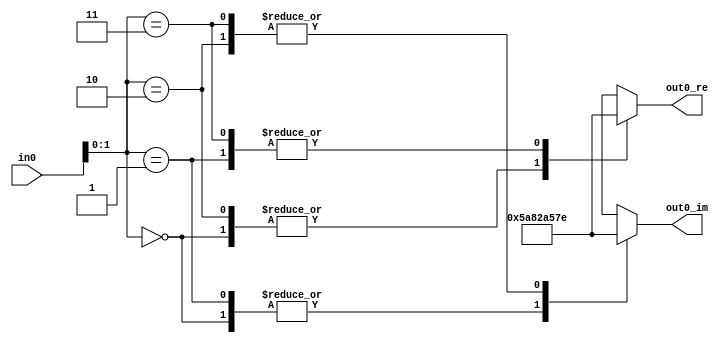
// -------------------------------------------------------------
// 
// 
// Generated by MATLAB 8.3 and HDL Coder 3.4
// 
// -------------------------------------------------------------


// -------------------------------------------------------------
// 
// Module: QPSK_Modulator_Baseband
// Source Path: qpsk/Subsystem/QPSK Modulator Baseband
// Hierarchy Level: 1
// 
// -------------------------------------------------------------

`timescale 1 ns / 1 ns

module QPSK_Modulator_Baseband
          (
           in0,
           out0_re,
           out0_im
          );


  input   [7:0] in0;  // uint8
  output  signed [15:0] out0_re;  // sfix16_En15
  output  signed [15:0] out0_im;  // sfix16_En15

  parameter signed [15:0] t1_re_0 = 23170;  // sfix16
  parameter signed [15:0] t1_re_1 = -23170;  // sfix16
  parameter signed [15:0] t1_re_2 = 23170;  // sfix16
  parameter signed [15:0] t1_re_3 = -23170;  // sfix16
  parameter signed [15:0] t1_im_0 = 23170;  // sfix16
  parameter signed [15:0] t1_im_1 = 23170;  // sfix16
  parameter signed [15:0] t1_im_2 = -23170;  // sfix16
  parameter signed [15:0] t1_im_3 = -23170;  // sfix16

  wire [1:0] constellationLUTaddress;  // ufix2
  wire signed [15:0] constellationLUT_t1_re [0:3];  // sfix16_En15 [4]
  wire signed [15:0] constellationLUT_t1_im [0:3];  // sfix16_En15 [4]


  assign constellationLUTaddress = in0[1:0];



  assign constellationLUT_t1_re[0] = t1_re_0;
  assign constellationLUT_t1_re[1] = t1_re_1;
  assign constellationLUT_t1_re[2] = t1_re_2;
  assign constellationLUT_t1_re[3] = t1_re_3;
  assign constellationLUT_t1_im[0] = t1_im_0;
  assign constellationLUT_t1_im[1] = t1_im_1;
  assign constellationLUT_t1_im[2] = t1_im_2;
  assign constellationLUT_t1_im[3] = t1_im_3;
  assign out0_re = constellationLUT_t1_re[constellationLUTaddress];
  assign out0_im = constellationLUT_t1_im[constellationLUTaddress];



endmodule  // QPSK_Modulator_Baseband